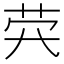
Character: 𦭂